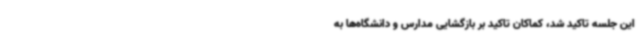
این‌ جلسه تاکید شد، کماکان تاکید بر بازگشایی مدارس و دانشگاه‌ها به